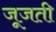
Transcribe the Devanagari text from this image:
जूजती